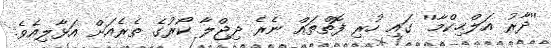
''ދާރު އަލްޙިކްމާ'' ގައި ހުރި ފޮތްތައް ނެރެ ދިޖްލާ ކޯރުގެ ތެރެއަށް އަޅާލިއެވެ.